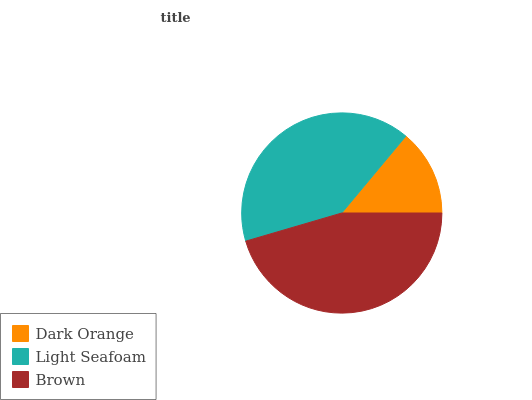
| Dark Orange | Light Seafoam | Brown |
 | --- | --- | --- |
 | 13.9% | 40.6% | 45.5% |